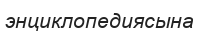
энциклопедиясына